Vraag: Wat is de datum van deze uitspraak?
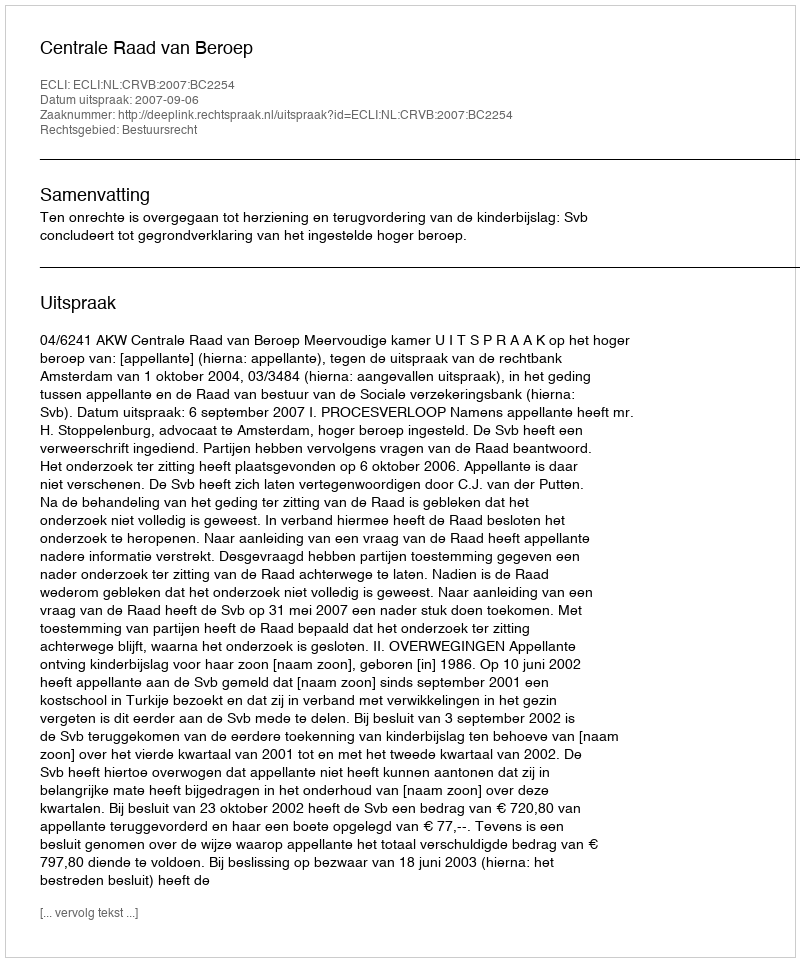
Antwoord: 2007-09-06